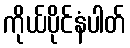
ကိုယ်ပိုင်နံပါတ်